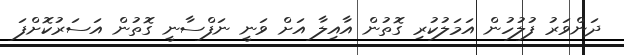
ދަންވަރު ފުލުހުން އަމަލުކުރި ގޮތުން އާއިލާ އަށް ވަނީ ނަފްސާނީ ގޮތުން އަސަރުކޮށްފަ